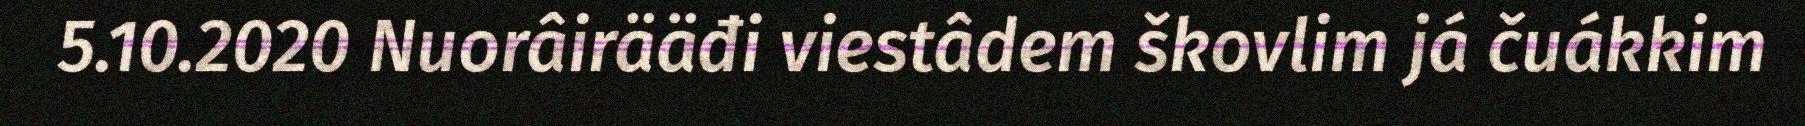
5.10.2020 Nuorâirääđi viestâdem škovlim já čuákkim